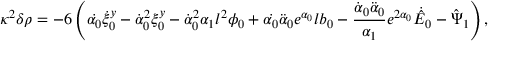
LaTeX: \kappa ^ { 2 } \delta \rho = - 6 \left( \dot { \alpha _ { 0 } } \dot { \xi } _ { 0 } ^ { y } - \dot { \alpha } _ { 0 } ^ { 2 } \xi _ { 0 } ^ { y } - \dot { \alpha } _ { 0 } ^ { 2 } \alpha _ { 1 } l ^ { 2 } \phi _ { 0 } + \dot { \alpha _ { 0 } } \ddot { \alpha } _ { 0 } e ^ { \alpha _ { 0 } } l b _ { 0 } - \frac { \dot { \alpha } _ { 0 } \ddot { \alpha } _ { 0 } } { \alpha _ { 1 } } e ^ { 2 \alpha _ { 0 } } \dot { \hat { E } } _ { 0 } - \hat { \Psi } _ { 1 } \right) ,